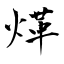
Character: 煂